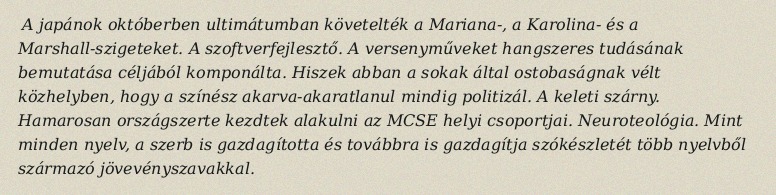
A japánok októberben ultimátumban követelték a Mariana-, a Karolina- és a Marshall-szigeteket. A szoftverfejlesztő. A versenyműveket hangszeres tudásának bemutatása céljából komponálta. Hiszek abban a sokak által ostobaságnak vélt közhelyben, hogy a színész akarva-akaratlanul mindig politizál. A keleti szárny. Hamarosan országszerte kezdtek alakulni az MCSE helyi csoportjai. Neuroteológia. Mint minden nyelv, a szerb is gazdagította és továbbra is gazdagítja szókészletét több nyelvből származó jövevényszavakkal.